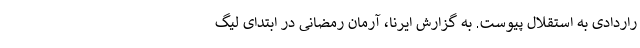
راردادی به استقلال پیوست. به گزارش ایرنا، آرمان رمضانی در ابتدای لیگ